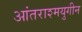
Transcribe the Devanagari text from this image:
आंतराश्मयुगीन